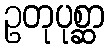
ဥတုပုစ္ဆာ